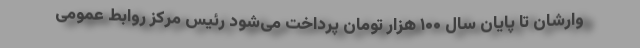
وارشان تا پایان سال ۱۰۰ هزار تومان پرداخت می‌شود رئیس مرکز روابط عمومی